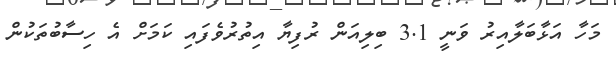
މަހާ އަޅާބަލާއިރު ވަނީ 3.1 ބިލިއަން ރުފިޔާ އިތުރުވެފައި ކަމަށް އެ ހިސާބުތަކުން